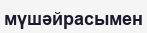
мүшәйрасымен